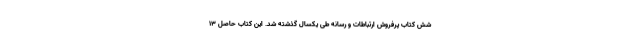
شش کتاب پرفروش ارتباطات و رسانه طی یکسال گذشته شد. این کتاب حاصل ۱۳